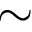
\sim